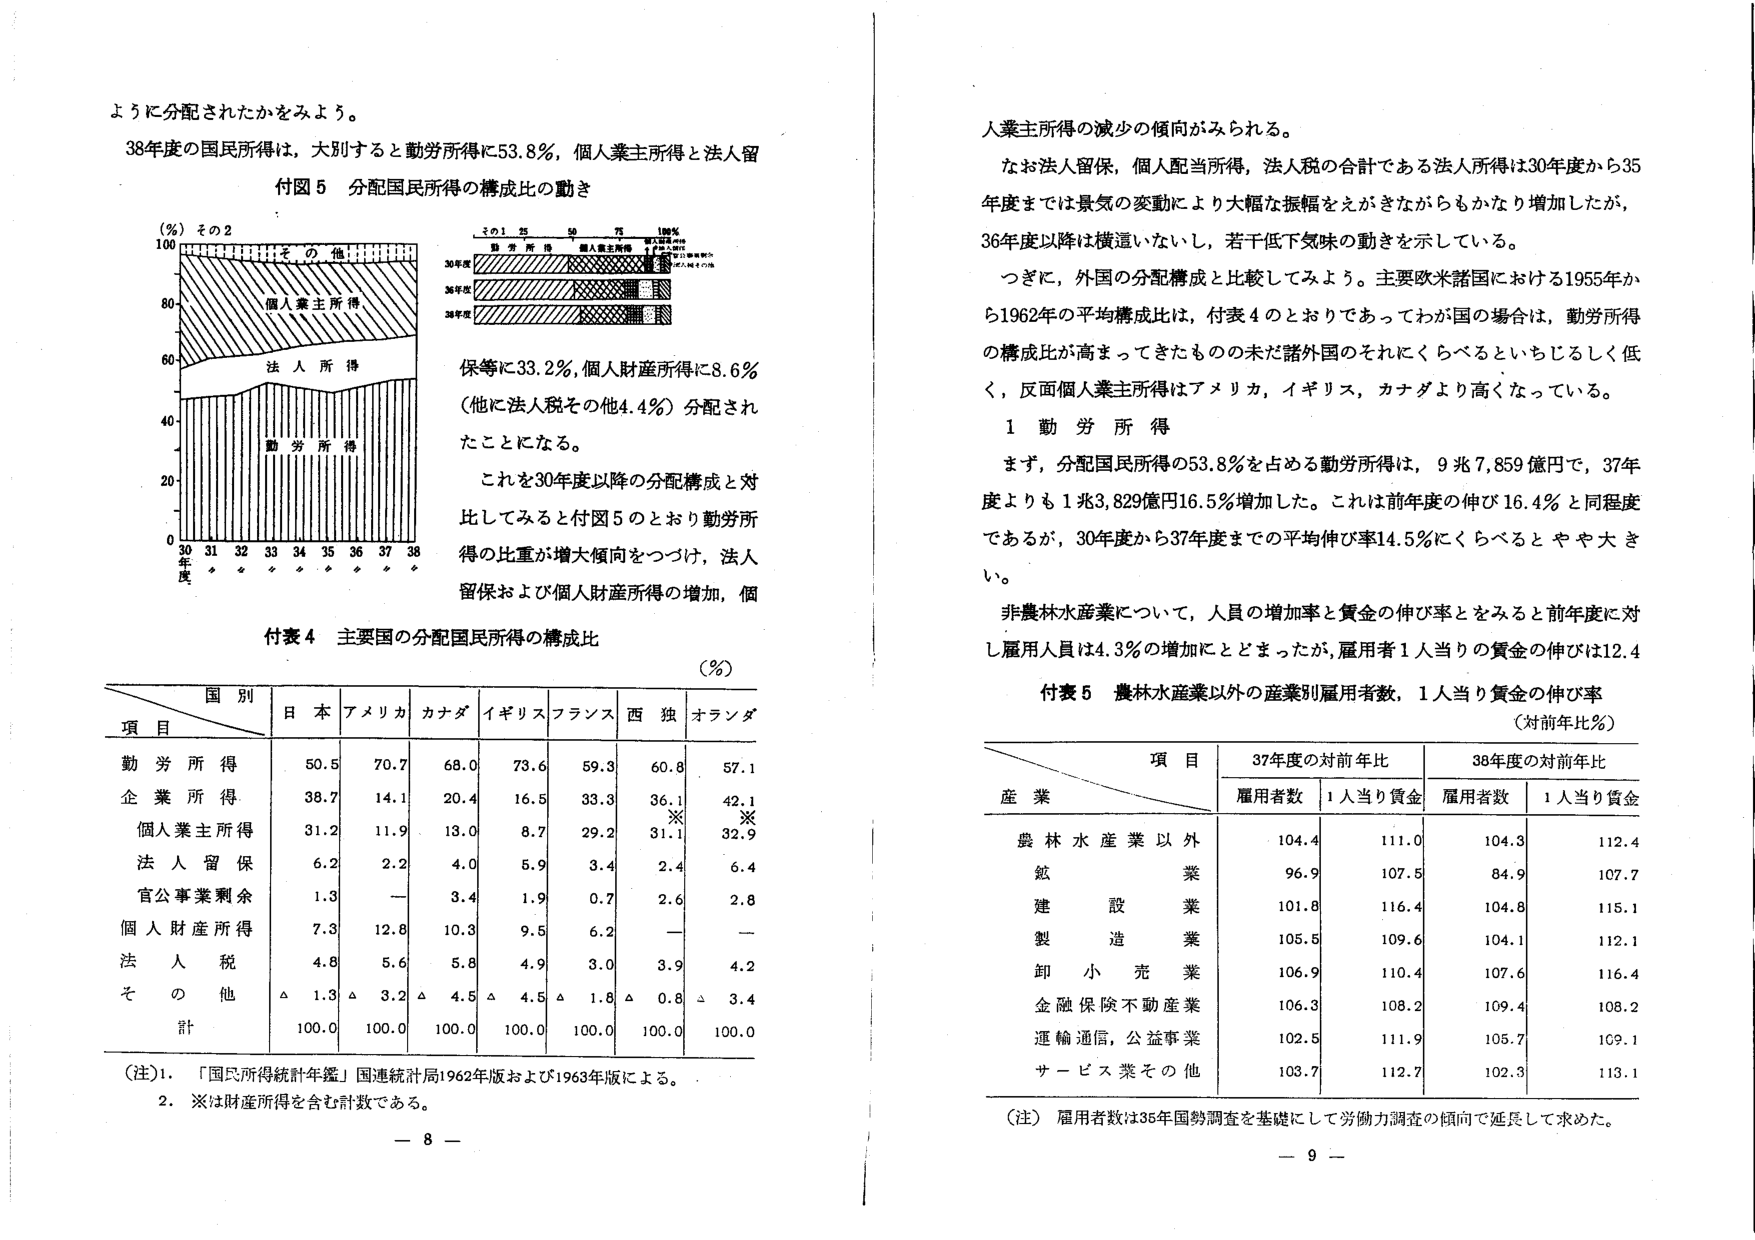
ように分配されたかをみよう。

38年度の国民所得は、大別すると勤労所得に53.8％、個人業主所得と法人留
付図 5 分配国民所得の構成比の動き

(%) その2
100
80
60
40
20
0
30 31 32 33 34 35 36 37 38
年度
その1 25 50 75 100%
勤労所得 個人業主所得 法人所得 その他
30年度
36年度
38年度

保等に33.2％、個人財産所得に8.6％
（他に法人税その他4.4％）分配され
たことになる。

これを30年度以降の分配構成と対
比してみると付図5のとおり勤労所
得の比重が増大傾向をつづけ、法人
留保および個人財産所得の増加、個

付表4 主要国の分配国民所得の構成比
(％)

国別
項目 日本 アメリカ カナダ イギリス フランス 西独 オランダ
勤労所得 50.5 70.7 68.0 73.6 59.3 60.8 57.1
企業所得 38.7 14.1 20.4 16.5 33.3 36.1 42.1
個人業主所得 31.2 11.9 13.0 8.7 29.2 31.1 32.9
法人留保 6.2 2.2 4.0 5.9 3.4 2.4 6.4
官公事業剰余 1.3 — 3.4 1.9 0.7 2.6 2.8
個人財産所得 7.3 12.8 10.3 9.5 6.2 — —
法人税 4.8 5.6 5.8 4.9 3.0 3.9 4.2
その他 △ 1.3 △ 3.2 △ 4.5 △ 4.5 △ 1.8 △ 0.8 △ 3.4
計 100.0 100.0 100.0 100.0 100.0 100.0 100.0

（注）1. 「国民所得統計年鑑」国連統計局1962年版および1963年版による。
2. ※は財産所得を含む計数である。

人業主所得の減少の傾向がみられる。
なお法人留保、個人配当所得、法人税の合計である法人所得は30年度から35
年度までは景気の変動により大幅な振幅をえがきながらもかなり増加したが、
36年度以降は横這いないし、若干低下気味の動きを示している。
つぎに、外国の分配構成と比較してみよう。主要欧米諸国における1955年か
ら1962年の平均構成比は、付表4のとおりであってわが国の場合、勤労所得
の構成比が高まってきたものの未だ諸外国のそれにくらべるといちじるしく低
く、反面個人業主所得はアメリカ、イギリス、カナダより高くなっている。

1 勤労所得
まず、分配国民所得の53.8％を占める勤労所得は、9兆7,859億円で、37年
度よりも1兆3,829億円16.5％増加した。これは前年度の伸び16.4％と同程度
であるが、30年度から37年度までの平均伸び率14.5％にくらべるとやや大き
い。
非農林水産業について、人員の増加率と賃金の伸び率とをみると前年度に対
し雇用人員は4.3％の増加にとどまったが、雇用者1人当たりの賃金の伸びは12.4

付表5 農林水産業以外の産業別雇用者数、1人当たり賃金の伸び率
（対前年比％）

項目
産業
37年度の対前年比
38年度の対前年比
雇用者数 1人当たり賃金 雇用者数 1人当たり賃金
農林水産業以外 104.4 111.0 104.3 112.4
鉱業 96.9 107.5 84.9 107.7
建設業 101.8 116.4 104.8 115.1
製造業 105.5 109.6 104.1 112.1
卸小売業 106.9 110.4 107.6 116.4
金融保険不動産業 106.3 108.2 109.4 108.2
運輸通信、公益事業 102.5 111.9 105.7 109.1
サービス業その他 103.7 112.7 102.3 113.1

（注）雇用者数は36年国勢調査を基礎にして労働力調査の傾向で延長して求めた。

— 8 —
— 9 —